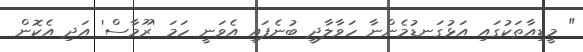
" މީޑިއާތަކުގައި އަޅުގަނޑުމެންނާ ހަވާލާދީ ބުނެފައި އެވަނީ ހަމަ 'ރޫމާސް' އަދި އެކޮން